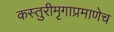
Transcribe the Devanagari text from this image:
कस्तुरीमृगाप्रमाणेच